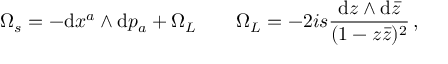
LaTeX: \Omega _ { s } = - \mathrm { d } x ^ { a } \wedge \mathrm { d } p _ { a } + \Omega _ { \cal L } \qquad \Omega _ { \cal L } = - 2 i s \frac { \mathrm { d } z \wedge \mathrm { d } \bar { z } } { ( 1 - z \bar { z } ) ^ { 2 } } \, ,